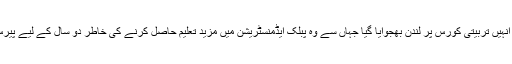
1960ء میں انہیں تربیتی کورس پر لندن بھجوایا گیا جہاں سے وہ پبلک ایڈمنسٹریشن میں مزید تعلیم حاصل کرنے کی خاطر دو سال کے لیے پیرس چلے گئے۔